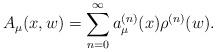
LaTeX: \begin{align*}A_{\mu}(x, w)=\sum_{n=0}^{\infty}a^{(n)}_{\mu}(x)\rho^{(n)}(w).\end{align*}